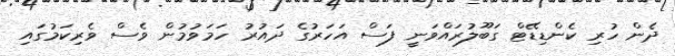
ދެން ހުރި ކެންޑިޑޭޓް ގަބޫލުުރައްވަނީ ފަސް އަަހަރުގެ ދައުރު ހަމަވުމުން ވެސް ވެރިކަމުގައި